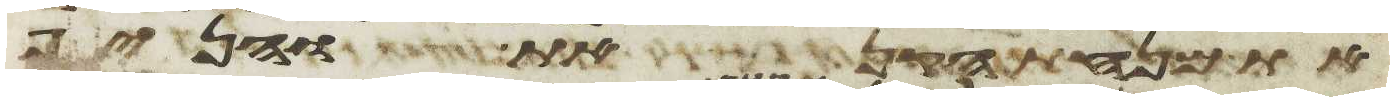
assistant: את מנחת הקנאת והניף